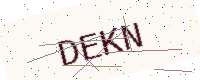
Text: DEKN